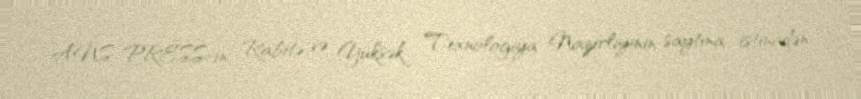
ANS PRESS-in Rabitə və Yüksək Texnologiya Nazirliyinin saytına istinadən